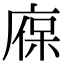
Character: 𢉣